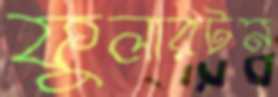
ফুলারটন